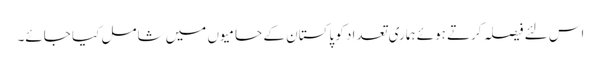
اس لئے فیصلہ کرتے ہوئے ہماری تعداد کو پاکستان کے حامیوں میں شامل کیا جائے۔